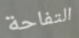
التفاحة